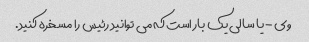
وی - یا سالی یک بار است که می توانید رئیس را مسخره کنید.